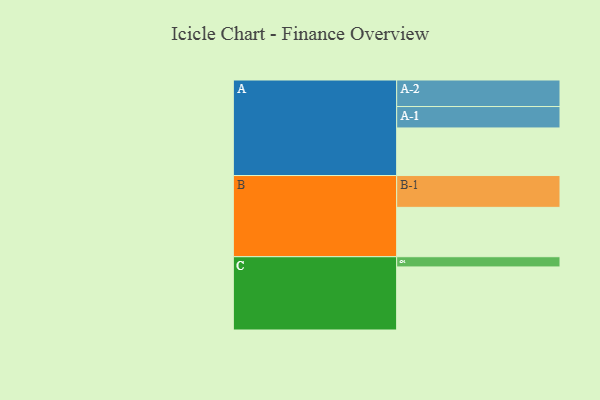
{"axis": {"x": "Segment", "y": "Value"}, "legend": ["", "A", "B", "C"], "data": [{"x": "A", "y": 434, "type": ""}, {"x": "B", "y": 450, "type": ""}, {"x": "C", "y": 575, "type": ""}, {"x": "A-1", "y": 195, "type": "A"}, {"x": "A-2", "y": 242, "type": "A"}, {"x": "B-1", "y": 290, "type": "B"}, {"x": "C-1", "y": 93, "type": "C"}]}